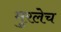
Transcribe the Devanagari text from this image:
मुरलेच